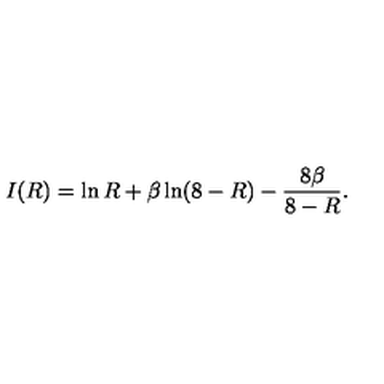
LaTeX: I ( R ) = \ln R + \beta \ln ( 8 - R ) - \frac { 8 \beta } { 8 - R } .